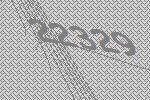
22329